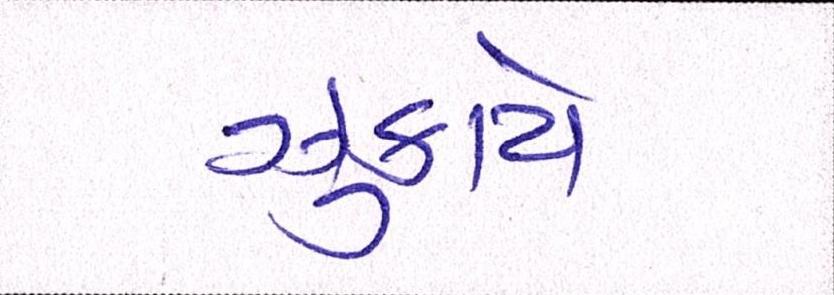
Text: ઝુકાયે